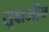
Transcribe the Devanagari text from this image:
सूक्षजीव